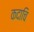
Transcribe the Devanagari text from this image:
कदाचि